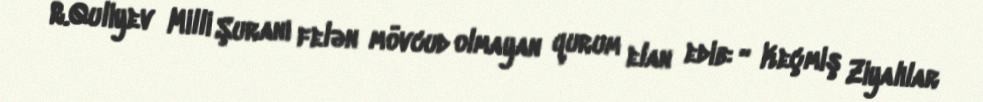
R.Quliyev Milli Şuranı felən mövcud olmayan qurum elan edib: “ Keçmiş Ziyalılar